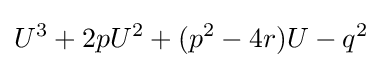
U^{3}+2pU^{2}+(p^{2}-4r)U-q^{2}